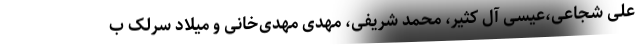
علی شجاعی،عیسی آل کثیر، محمد شریفی، مهدی مهدی‌خانی و میلاد سرلک ب